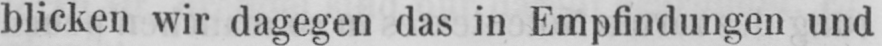
blicken wir dagegen das in Empfindungen und